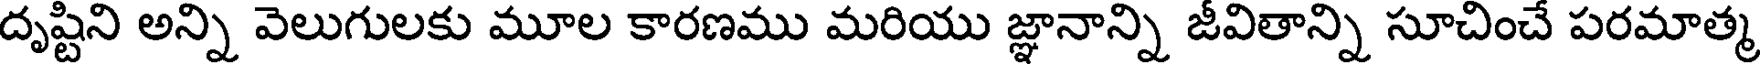
దృష్టిని అన్ని వెలుగులకు మూల కారణము మరియు జ్ఞానాన్ని జీవితాన్ని సూచించే పరమాత్మ